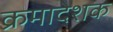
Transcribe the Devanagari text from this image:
क्रमादेशक